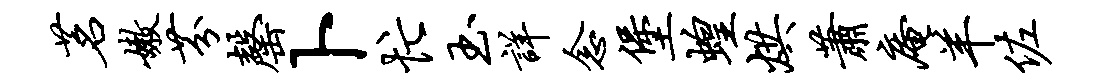
茗嫩芬罄卜忙玉详念堡蝗烘萧庵羊佐